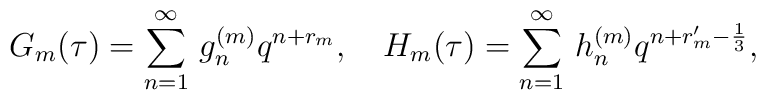
G_m(\tau)=\sum_{n=1}^{\infty}\,g_n^{(m)}q^{n+r_m},~~~H_m(\tau)=\sum_{n=1}^{\infty}\,h_n^{(m)}q^{n+r_m'-\frac{1}{3}},